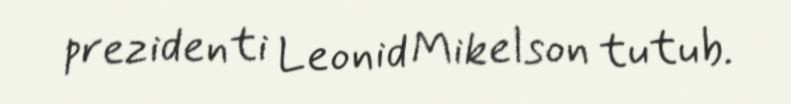
prezidenti Leonid Mikelson tutub.